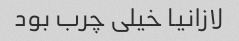
لازانیا خیلی چرب بود